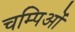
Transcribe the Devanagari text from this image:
चम्पिओं